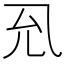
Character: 𭀛